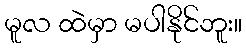
မူလ ထဲမှာ မပါနိုင်ဘူး။